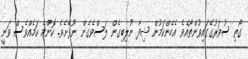
ގޯތި ސުވަރުގޭގައިވުންތޯއެވެ އެހެންކަމުން ޝިފާ ނުލިބިގެން ލަސްވެގެން ނޫޅޭށެވެ. ކޮންމެ ކަމެއްވެސް ވަނީ